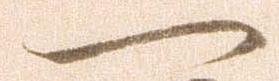
一